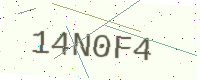
Text: 14N0F4